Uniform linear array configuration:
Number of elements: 48
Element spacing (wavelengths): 1
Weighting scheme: exponential
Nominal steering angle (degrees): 0
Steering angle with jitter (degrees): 1.767
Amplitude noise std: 0.05
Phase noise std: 0.05

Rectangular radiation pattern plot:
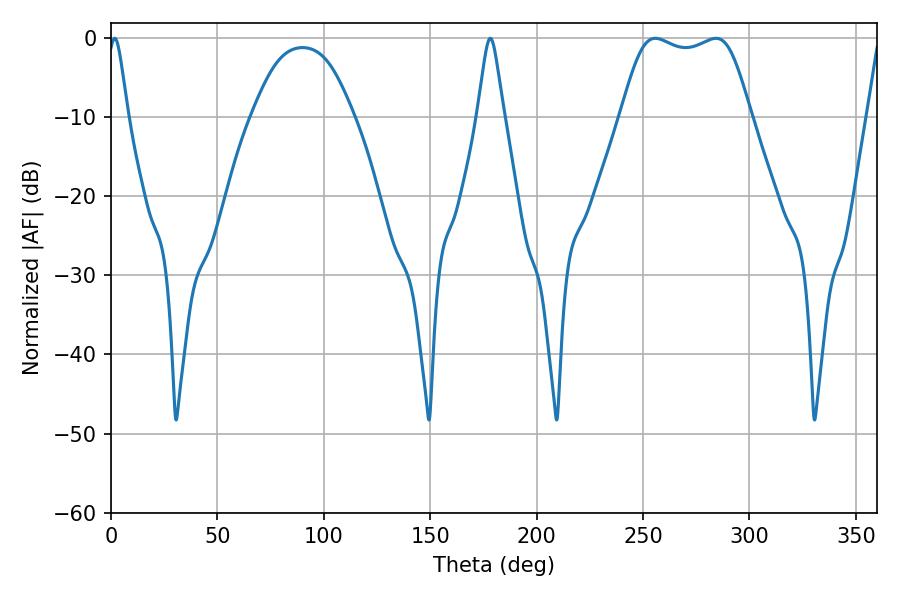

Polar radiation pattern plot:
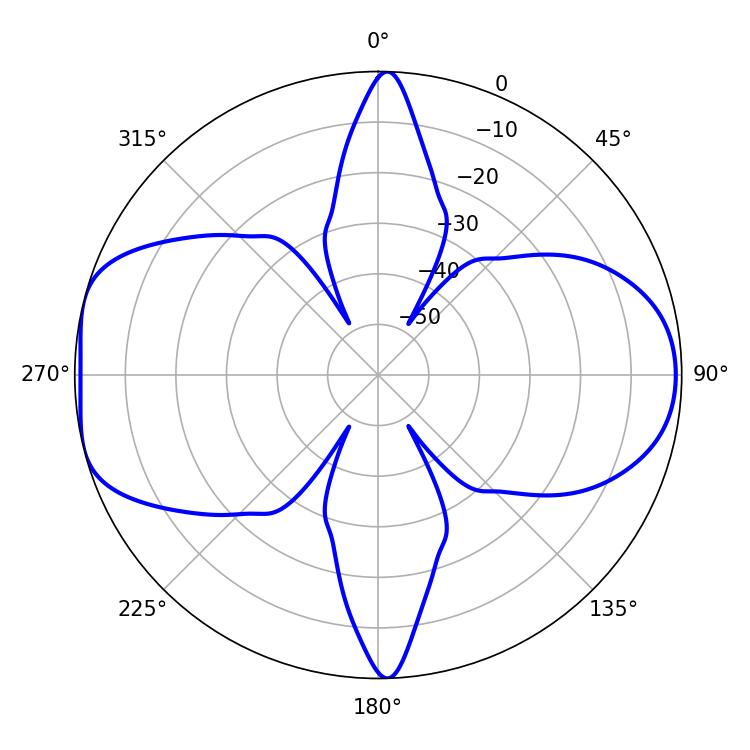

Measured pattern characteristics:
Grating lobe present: TRUE
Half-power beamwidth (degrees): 46.8
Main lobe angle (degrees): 255.78